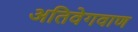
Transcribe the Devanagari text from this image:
अतिवेगवाण